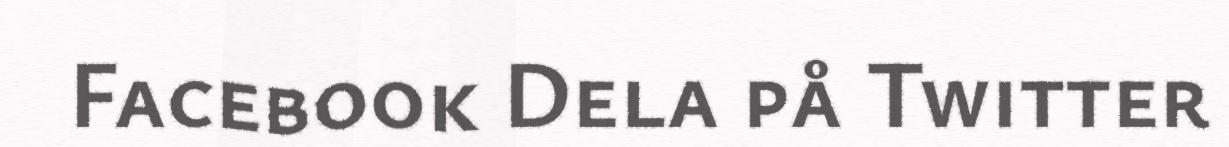
Facebook Dela på Twitter